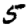
Digit: 5